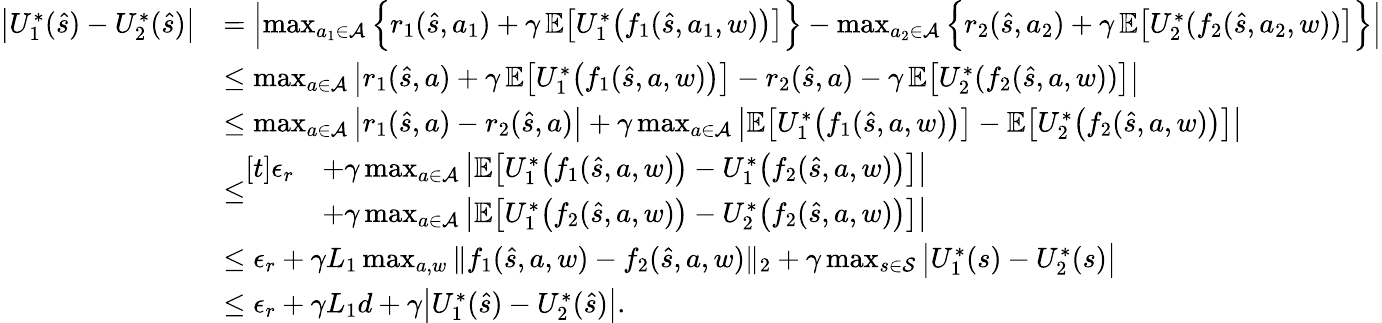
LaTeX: \begin{array}{rl}{\bigl|U_{1}^{*}(\hat{s})-U_{2}^{*}(\hat{s})\bigr|}&{=\Bigl|\operatorname*{max}_{a_{1}\in\mathcal{A}}\, \Bigl\{ r_{1}(\hat{s},a_{1})+\gamma\, \mathbb{E}\bigl[U_{1}^{*}\bigl(f_{1}(\hat{s},a_{1},w)\bigr)\bigr]\Bigr\} -\operatorname*{max}_{a_{2}\in\mathcal{A}}\, \Bigl\{ r_{2}(\hat{s},a_{2})+\gamma\, \mathbb{E}\bigl[U_{2}^{*}(f_{2}(\hat{s},a_{2},w))\bigr]\Bigr\} \Bigr|}\\ &{\leq\operatorname*{max}_{a\in\mathcal{A}}\, \bigl|r_{1}(\hat{s},a)+\gamma\, \mathbb{E}\bigl[U_{1}^{*}\bigl(f_{1}(\hat{s},a,w)\bigr)\bigr]-r_{2}(\hat{s},a)-\gamma\, \mathbb{E}\bigl[U_{2}^{*}(f_{2}(\hat{s},a,w))\bigr]\bigr|}\\ &{\leq\operatorname*{max}_{a\in\mathcal{A}}\, \bigl|r_{1}(\hat{s},a)-r_{2}(\hat{s},a)\bigr|+\gamma\operatorname*{max}_{a\in\mathcal{A}}\, \bigl|\mathbb{E}\bigl[U_{1}^{*}\bigl(f_{1}(\hat{s},a,w)\bigr)\bigr]-\mathbb{E}\bigl[U_{2}^{*}\bigl(f_{2}(\hat{s},a,w)\bigr)\bigr]\bigr|}\\ &{\leq\begin{array}{rl}{[t]\epsilon_{r}}&{+\gamma\operatorname*{max}_{a\in\mathcal{A}}\, \bigl|\mathbb{E}\bigl[U_{1}^{*}\bigl(f_{1}(\hat{s},a,w)\bigr)-U_{1}^{*}\bigl(f_{2}(\hat{s},a,w)\bigr)\bigr]\bigr|}\\ &{+\gamma\operatorname*{max}_{a\in\mathcal{A}}\, \bigl|\mathbb{E}\bigl[U_{1}^{*}\bigl(f_{2}(\hat{s},a,w)\bigr)-U_{2}^{*}\bigl(f_{2}(\hat{s},a,w)\bigr)\bigr]\bigr|}\end{array}}\\ &{\leq\epsilon_{r}+\gamma L_{1}\operatorname*{max}_{a,w}\| f_{1}(\hat{s},a,w)-f_{2}(\hat{s},a,w)\| _{2}+\gamma\operatorname*{max}_{s\in\mathcal{S}}\, \bigl|U_{1}^{*}(s)-U_{2}^{*}(s)\bigr|}\\ &{\leq\epsilon_{r}+\gamma L_{1}d+\gamma\bigl|U_{1}^{*}(\hat{s})-U_{2}^{*}(\hat{s})\bigr|.}\end{array}